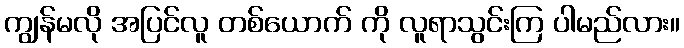
ကျွန်မလို အပြင်လူ တစ်ယောက် ကို လူရာသွင်းကြ ပါမည်လား။